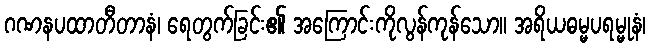
ဂဏနပထာတီတာနံ၊ ရေတွက်ခြင်း၏ အကြောင်းကိုလွန်ကုန်သော။ အရိယဓမ္မပရမ္မုနံ၊